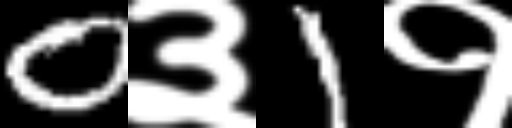
Text: 0३1१